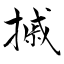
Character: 摵